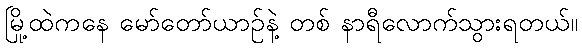
မြို့ထဲကနေ မော်တော်ယာဉ်နဲ့ တစ် နာရီလောက်သွားရတယ်။